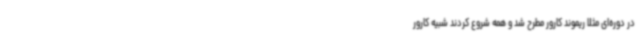
در دوره‌ای مثلا ریموند کارور مطرح شد و همه شروع کردند شبیه کارور